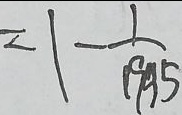
= 1 - \frac { 1 } { 1 9 9 5 }